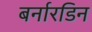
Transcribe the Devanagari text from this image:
बर्नारडिन